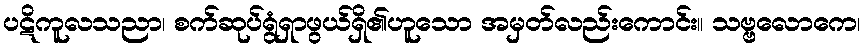
ပဋိကူလသညာ၊ စက်ဆုပ်ရွံရှာဖွယ်ရှိ၏ဟူသော အမှတ်လည်းကောင်း။ သဗ္ဗလောကေ၊